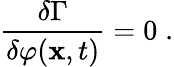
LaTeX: \frac{\delta\Gamma}{\delta\varphi({\mathbf x},t)}=0\; .